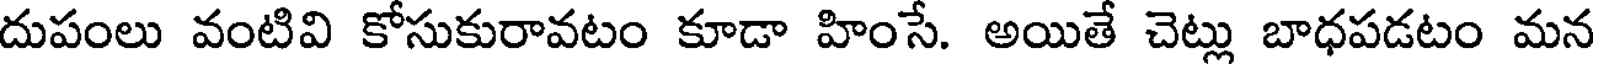
దుపంలు వంటివి కోసుకురావటం కూడా హింసే. అయితే చెట్లు బాధపడటం మన